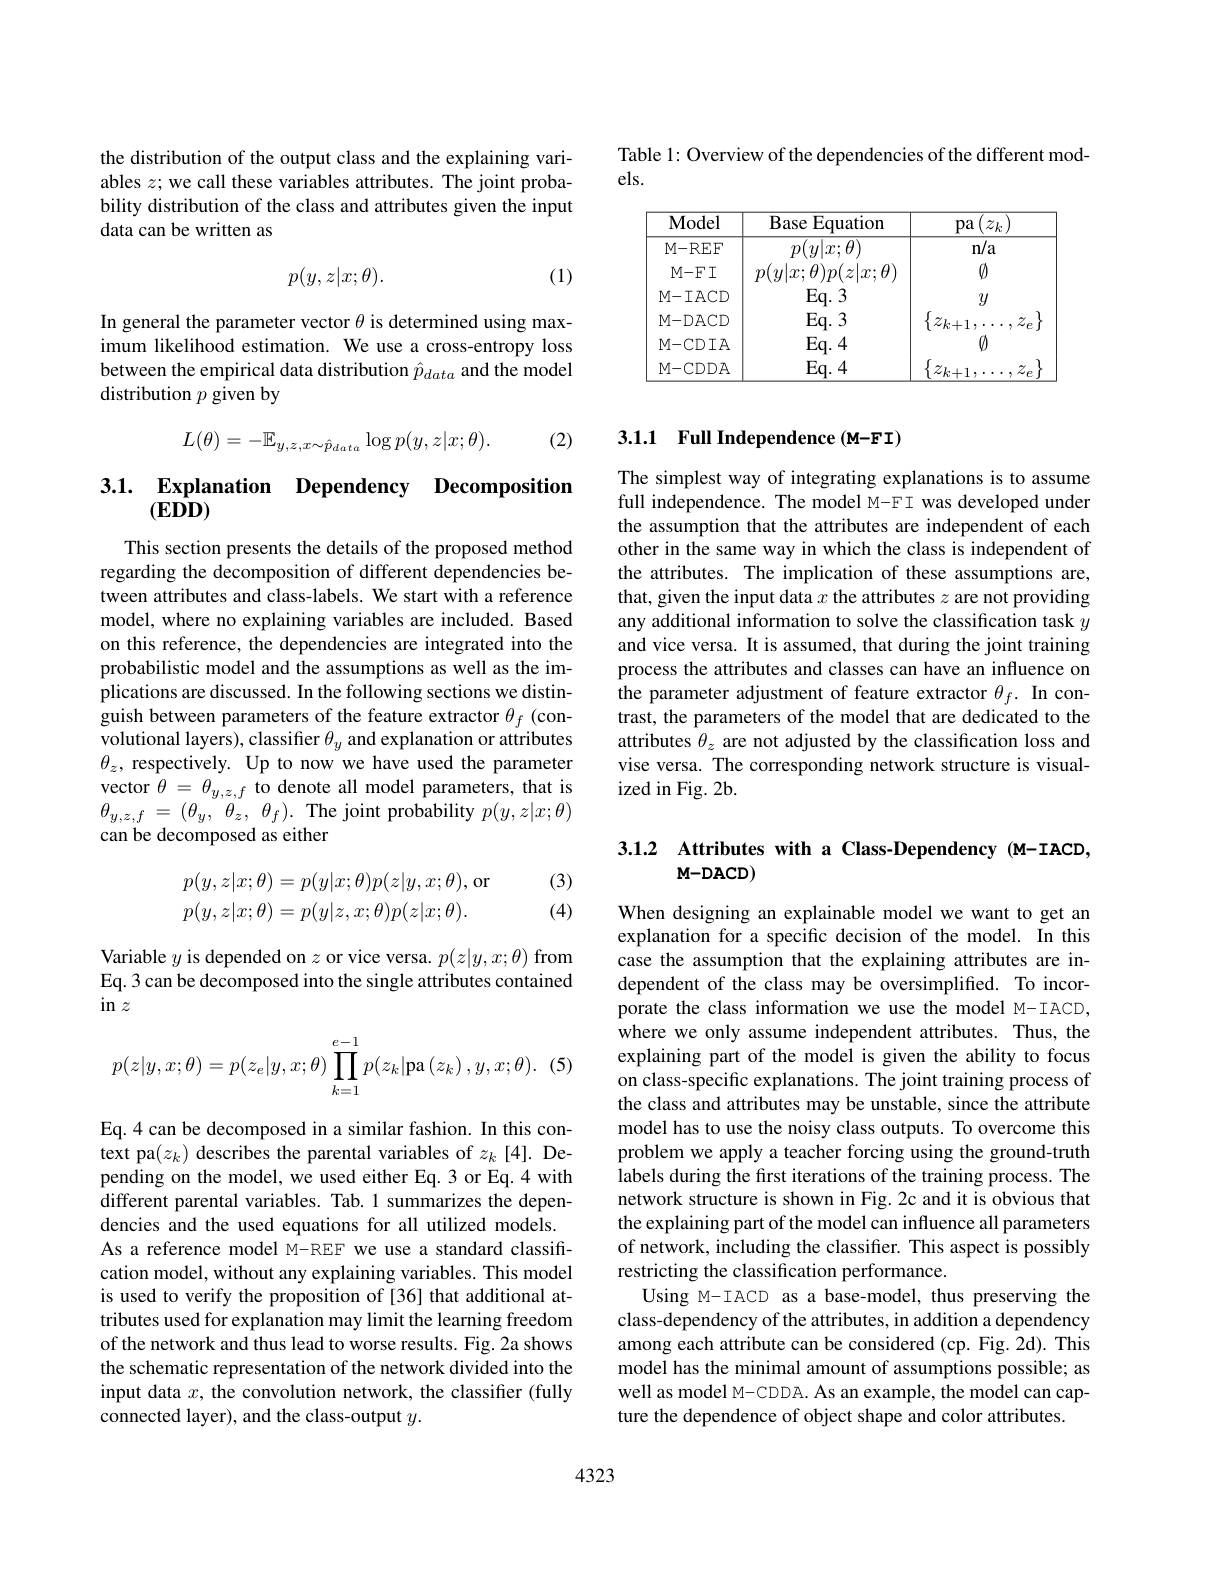
the distribution of the output class and the explaining variables $z;$ we call these variables attributes. The joint probability distribution of the class and attributes given the input data can be written as
$$p(y,z|x;\theta).$$
(1)

In general the parameter vector $\theta$ is determined using maximum likelihood estimation. We use a cross-entropy loss between the empirical data distribution $\hat{p}_{data}$ and the model distribution $p$ given by

(2)
$$L(\theta)=-\mathbb{E}_{y,z,x\sim\hat{p}_{data}}\log p(y,z|x;\theta).$$
## 3.1. Explanation Dependency Decomposition $(E\dot{\mathbf{D}}\mathbf{D})$

This section presents the details of the proposed method regarding the decomposition of different dependencies between attributes and class-labels. We start with a reference model, where no explaining variables are included. Based on this reference, the dependencies are integrated into the probabilistic model and the assumptions as well as the implications are discussed. In the following sections we distinguish between parameters of the feature extractor $\theta_f$ (convolutional layers), classifier $\theta_y$ and explanation or attributes $\theta_z$, respectively. Up to now we have used the parameter vector $\tilde{\theta}=\theta_{y,z,f}$ to denote all model parameters, that is $\theta _{y, z, f}$ = $( \theta _{y}$, $\theta _{z}$, $\theta _{f}) .$ The joint probability $p(y,z|x;\theta)$ can be decomposed as either

(3) (4)
$$\begin{aligned}p(y,z|x;\theta)&=p(y|x;\theta)p(z|y,x;\theta),\\p(y,z|x;\theta)&=p(y|z,x;\theta)p(z|x;\theta).\end{aligned}$$
Variable $y$ is depended on $z$ or vice versa. $p(z|y,x;\theta)$ from Eq.3 can be decomposed into the single attributes contained $\sin z$

(:
$$p(z|y,x;\theta)=p(z_e|y,x;\theta)\prod_{k=1}^{e-1}p(z_k|\text{pa}\left(z_k\right),y,x;\theta).$$
Eq.4 can be decomposed in a similar fashion. In this context pa$(z_k)$ describes the parental variables of $z_k[4].$ Depending on the model, we used either Eq.3 or Eq.4 with different parental variables. Tab.1 summarizes the dependencies and the used equations for all utilized models. As a reference model M-REF we use a standard classification model, without any explaining variables. This model is used to verify the proposition of [36] that additional attributes used for explanation may limit the learning freedom of the network and thus lead to worse results. Fig. 2a shows the schematic representation of the network divided into the input data $x$, the convolution network, the classifier (fully connected layer), and the class-output $y.$

Table 1: Overview of the dependencies of the different mod-
els.

<table>
	<tbody>
		<tr>
			<th>Model</th>
			<th>Base Equation</th>
			<th>$\langle z_{k}\rangle$ pa</th>
		</tr>
		<tr>
			<td>M- REF</td>
			<td>$p(y|x;\theta)$</td>
			<td>n/a</td>
		</tr>
		<tr>
			<td>M- FI</td>
			<td>$p(y|x;\theta)p(z|x;\theta)$</td>
			<td>$\emptyset$</td>
		</tr>
		<tr>
			<td>M- DACD</td>
			<td>$Eq.3$</td>
			<td>$z_{k+1}$ 1. $\tilde{Z}$ $e$</td>
		</tr>
		<tr>
			<td>M-CDDA</td>
			<td>$Eq.4$</td>
			<td>$\{z_{k+1}$, $\tilde{z}_{1}$ $e$</td>
		</tr>
	</tbody>
</table>

# 3.1.1 Full Independence(M-FI)

The simplest way of integrating explanations is to assume full independence. The model M-FI was developed under the assumption that the attributes are independent of each other in the same way in which the class is independent of the attributes. The implication of these assumptions are, that, given the input data $x$ the attributes $z$ are not providing any additional information to solve the classification task $y$ and vice versa. It is assumed, that during the joint training process the attributes and classes can have an influence on the parameter adjustment of feature extractor $\theta_f.$ In contrast, the parameters of the model that are dedicated to the attributes $\theta_z$ are not adjusted by the classification loss and vise versa. The corresponding network structure is visualized in Fig. 2b.

## 3.1.2 Attributes with a Class-Dependency(M-IACD, $M-DACD)$

When designing an explainable model we want to get an explanation for a specific decision of the model. In this case the assumption that the explaining attributes are independent of the class may be oversimplified. To incorporate the class information we use the model M-IACD, where we only assume independent attributes. Thus, the explaining part of the model is given the ability to focus on class-specific explanations. The joint training process of the class and attributes may be unstable, since the attribute model has to use the noisy class outputs. To overcome this problem we apply a teacher forcing using the ground-truth labels during the first iterations of the training process. The network structure is shown in Fig.2c and it is obvious that the explaining part of the model can influence all parameters of network, including the classifier. This aspect is possibly restricting the classification performance.
Using M-IACD as a base-model, thus preserving the class-dependency of the attributes, in addition a dependency among each attribute can be considered (cp. Fig. 2d). This model has the minimal amount of assumptions possible; as well as model M-CDDA. As an example, the model can capture the dependence of object shape and color attributes.

4323